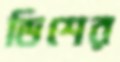
ডিশের